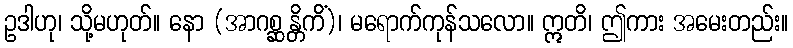
ဥဒါဟု၊ သို့မဟုတ်။ နော (အာဂစ္ဆန္တိကိံ)၊ မရောက်ကုန်သလော။ ဣတိ၊ ဤကား အမေးတည်း။